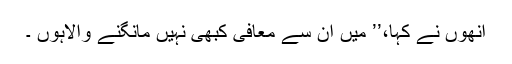
انھوں نے کہا،’’ میں ان سے معافی کبھی نہیں مانگنے والاہوں ۔